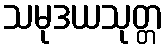
သမုဒယသုတ္တ